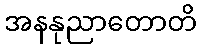
အနနုညာတောတိ